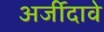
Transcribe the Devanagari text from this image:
अर्जीदावे